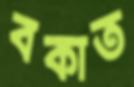
বকাত